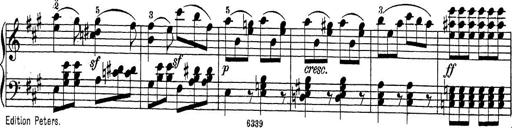
Title: Sonatina Album
Composer: Louis KÃ¶hler